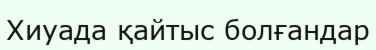
Хиуада қайтыс болғандар